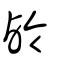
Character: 鹷